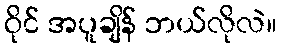
ဝိုင် အပူချိန် ဘယ်လိုလဲ။